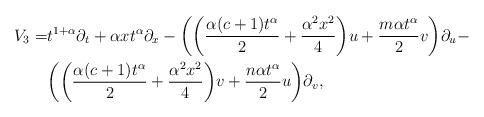
LaTeX: \begin{align*}V_3=&t^{1+\alpha}\partial_t+\alpha xt^\alpha\partial_x-\bigg(\bigg(\frac{\alpha(c+1)t^\alpha}{2}+\frac{\alpha^2x^2}{4}\bigg)u+\frac{m\alpha t^\alpha}{2}v\bigg)\partial_u-\\&\bigg(\bigg(\frac{\alpha(c+1)t^\alpha}{2}+\frac{\alpha^2x^2}{4}\bigg)v+\frac{n\alpha t^\alpha}{2}u\bigg)\partial_v,\end{align*}